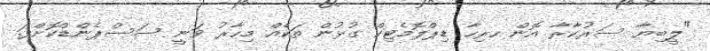
"ލީބިޔާ ސަރުކާރާ އޮން ހރިހާ ޑިޕްލޮމެޓިކް ގުޅުން ތަކެއް މިހާރު ވަނީ ސަސްޕެންޑްކޮށްފަ.